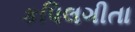
કપિલગીતા